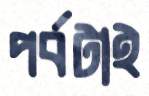
পর্বটাই